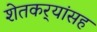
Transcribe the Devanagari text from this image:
शेतकर्‍यांसह